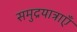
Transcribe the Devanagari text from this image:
समुद्रयात्राएँ